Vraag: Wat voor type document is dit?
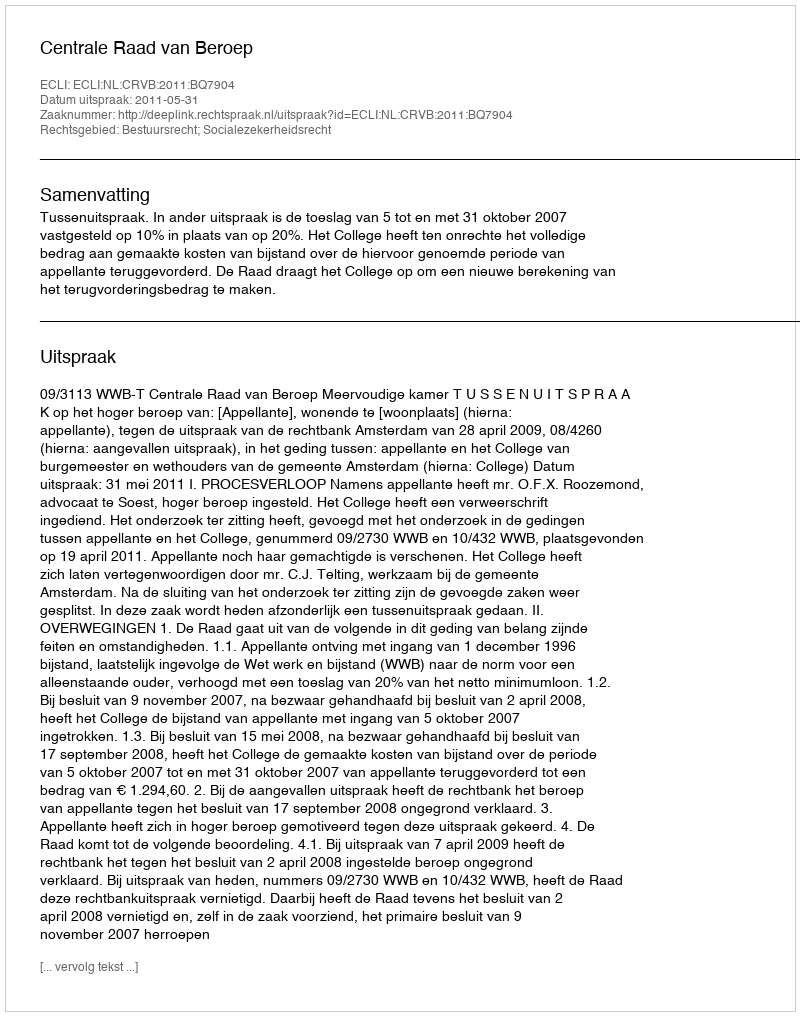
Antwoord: Uitspraak